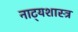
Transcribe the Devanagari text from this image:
नाट्‍यशास्त्र